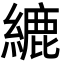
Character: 䌒